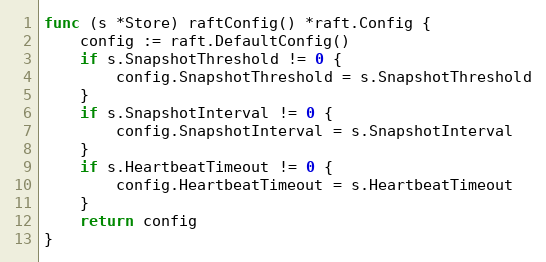
Language: Go
func (s *Store) raftConfig() *raft.Config {
	config := raft.DefaultConfig()
	if s.SnapshotThreshold != 0 {
		config.SnapshotThreshold = s.SnapshotThreshold
	}
	if s.SnapshotInterval != 0 {
		config.SnapshotInterval = s.SnapshotInterval
	}
	if s.HeartbeatTimeout != 0 {
		config.HeartbeatTimeout = s.HeartbeatTimeout
	}
	return config
}